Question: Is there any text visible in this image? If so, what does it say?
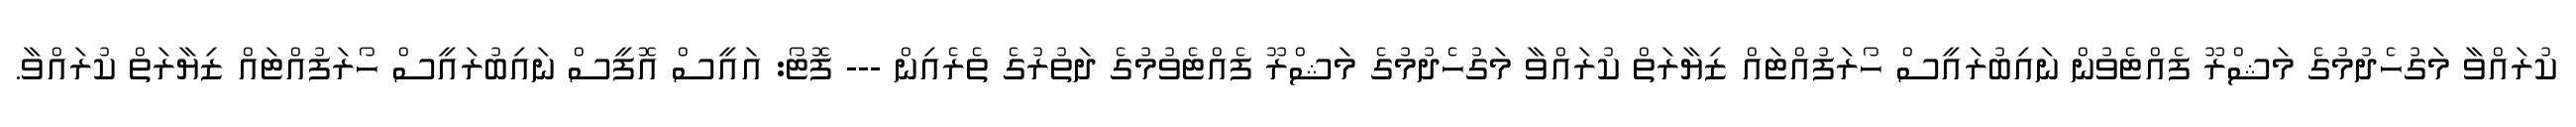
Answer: ކުރައްވާ މަގުހެދުމުގެ މަޝްރޫ ފެއްޓެވުން ނައިބުރައީސް ހޯރަފުއްޓައް ޒިޔާރަތް ކުރައްވާ މަގުހެދުމުގެ މަޝްރޫ ފެއްޓެވުމުގެ ދަތުރުގެ ތެރެއިން --- ފޮޓޯ: އައީސް އޮފީސް ނައިބުރައީސް ހޯރަފުއްޓައް ޒިޔާރަތް ކުރައްވާ.